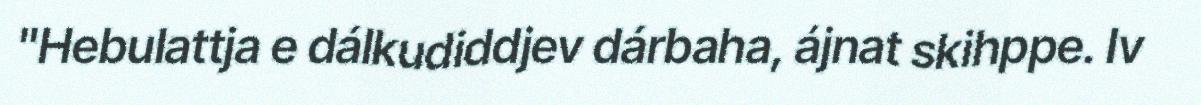
"Hebulattja e dálkudiddjev dárbaha, ájnat skihppe. Iv